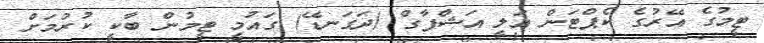
ޓީމުގެ އޭރުގެ ކެޕްޓަން އަލީ އަޝްފާގް (ދަގަނޑޭ) ގައުމީ ޓީމުން ބާކީ ކުރުމަށް